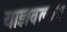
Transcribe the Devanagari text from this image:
याज्ञवल्कय